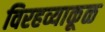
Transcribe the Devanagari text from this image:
विरहव्याकूळ